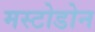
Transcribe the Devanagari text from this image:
मस्टोडोन